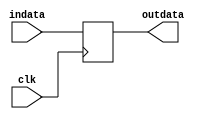
module dly_signal #(
  parameter WIDTH = 1
)(
  input  wire             clk,
  input  wire [WIDTH-1:0] indata,
  output reg  [WIDTH-1:0] outdata
);
  always @(posedge clk) outdata <= indata;
endmodule